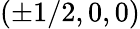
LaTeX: (\pm 1/2,0,0)